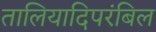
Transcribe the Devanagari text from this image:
तालियादिपरंबिल